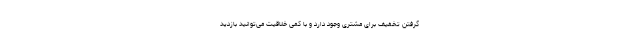
گرفتن تخفیف برای مشتری وجود دارد و با کمی خلاقیت می‌توانید بازدید